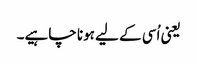
یعنی اُسی کے لیے ہونا چاہیے۔